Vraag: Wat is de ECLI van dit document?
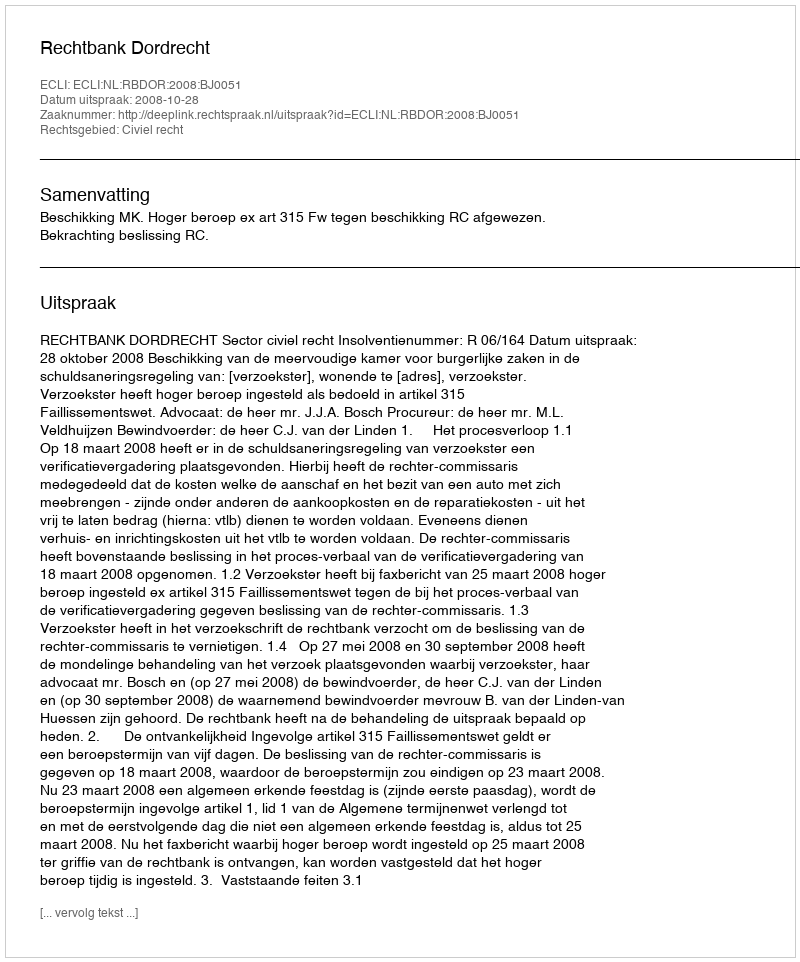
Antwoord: ECLI:NL:RBDOR:2008:BJ0051